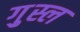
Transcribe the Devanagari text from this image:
गु़स्ल